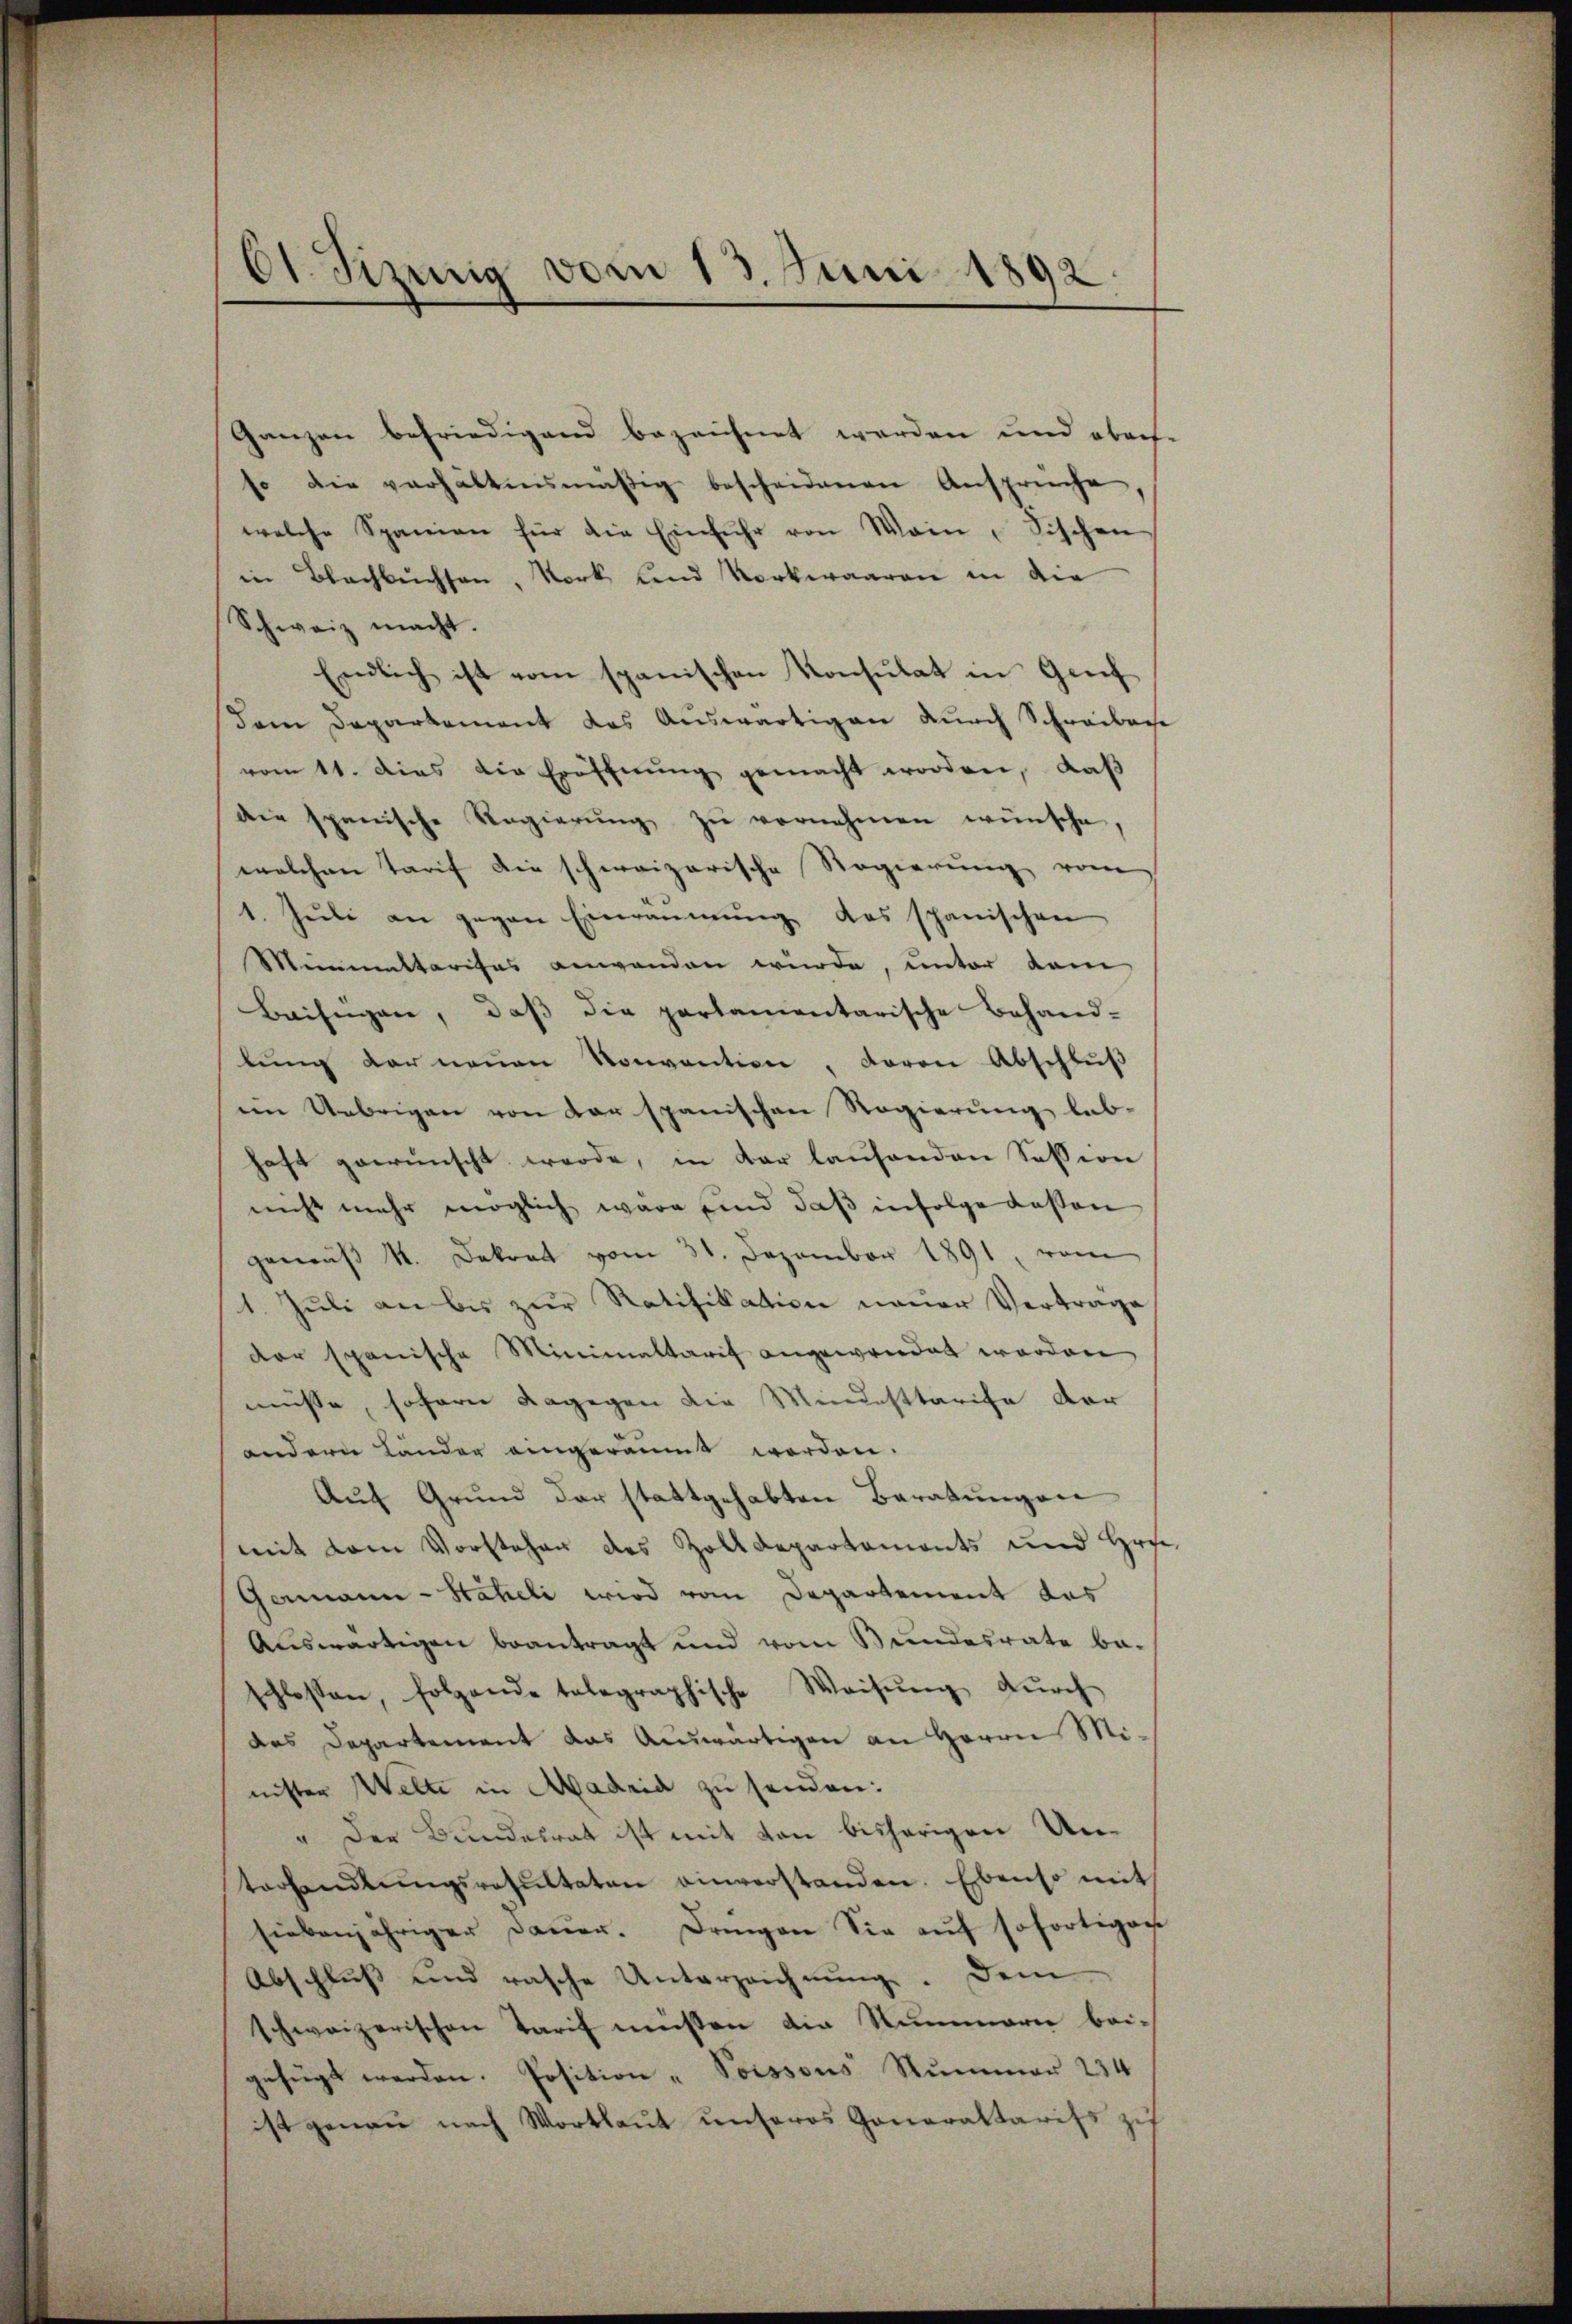
E Sizung vom 13. Juni 1892

Ganzen befriedigend bezeichnet werden und obers-
so die verhältnismäßig bescheidenen Ansprüche
welche Spanien für die Einfuhr von Wein, Fischen
in Bachbuchsen, Nork und Vorkwaaren in die
Schweiz macht.
Endlich ist vom spanischen Konsulat in Genf
dem Departement das Auswärtigen durch Schreiben
vom 11. dies die Eröffnŭng gemacht worden, daβ
die spanische Regierŭng zŭ vernehmen wünsche,
welchen Tarif die schweizerische Regierung vom
1. Jŭli an gegen Einraumŭng das spanischen
Meinemaltarises anwenden würde, unter dam
Beifügen, daß die partamentarische Behandlŭng der neuen Konvention, davon Abschlŭβ
im Uebrigen von der spanischen Regierung leb-
haft gewünscht werde, in der lausenden Session
nicht mehr möglich wäre sind daß infolge dassen
gemäβ 4. Dekret vom 31. Dezember 1891, vom
1. Juli an bis zur Ratifikation neuer Verträge
der spanische Minimaltarif angewendet worden
müsse, sofern dagegen die Mindesttarife der
andere Länder eingeräumt worden.
Auf Grund der stattgehabten Beratungen
mit vom Vorstehen des Zolldepartaments und Hr.
Germann-Statieli wird vom Departement das
Auswärtigen beantragt und vom Bundesrate be-
schlossen, folgende telegraphische Weisŭng dŭrch
das Departement das Auswärtigen an Herrn Minister Welte in Madria zu senden:
" Der Bundesrat ist mit von bisherigen Untorhandlŭngsresŭltaten einverstanden. Ebenso mit
siebenjähriger Dauer. Dringen Sie aŭf sofortigen
Abschluß und rasche Unterzeichnŭng. Dem
schweizerischen Tarif müsten die Nummern bei-
gefügt werden. Position - Soissous Nummer 234
ist genau nach Wortlaŭt ŭnseres Goneraltarifs zu